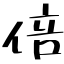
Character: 倍